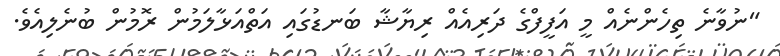
"ނުވާނެ ތިހެންނެއް މީ އަފީފްގެ ދަރިއެއް ރިޔާޝާ ބަނޑުގައި އަތްއަޅާލަމުން ރޮމުން ބުނެލިއެވެ.